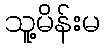
သူ့မိန်းမ